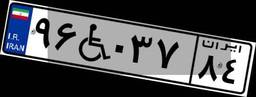
۹۶W۰۳۷۸۴